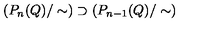
\left( P _ { n } ( Q ) / \sim \right) \supset \left( P _ { n - 1 } ( Q ) / \sim \right)